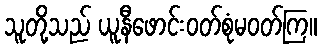
သူတို့သည် ယူနီဖောင်းဝတ်စုံမဝတ်ကြ။